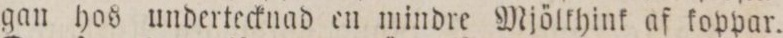
gan hos undertecknad en mindre Mjölkhink af koppar.